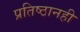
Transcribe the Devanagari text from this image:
प्रतिष्ठानही